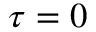
\tau = 0